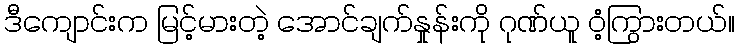
ဒီကျောင်းက မြင့်မားတဲ့ အောင်ချက်နှုန်းကို ဂုဏ်ယူ ဝံ့ကြွားတယ်။